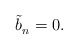
\begin{align*}\tilde b_n^{} = 0.\end{align*}